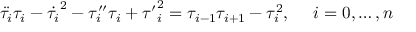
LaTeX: \ddot { \tau _ { i } } \tau _ { i } - \dot { \tau _ { i } } ^ { 2 } - \tau _ { i } ^ { \prime \prime } \tau _ { i } + { \tau ^ { \prime } } _ { i } ^ { 2 } = \tau _ { i - 1 } \tau _ { i + 1 } - \tau _ { i } ^ { 2 } , ~ ~ ~ ~ i = 0 , \dots , n